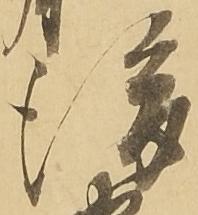
後